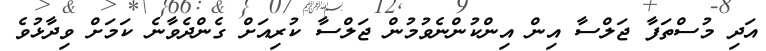
އަދި މުސްތަފާ ޖަލްސާ އިން އިންކުންނެވުމުން ޖަލްސާ ކުރިއަށް ގެންދެވާނެ ކަމަށް ވިދާޅުވެ